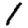
Digit: 1